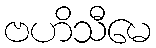
ဗဟိသီမေ